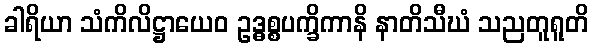
ခါရိယာ သံကိလိဋ္ဌာယေဝ ဥဒ္ဓစ္စပက္ခိကာနိ နာတိသီဃံ သညတူရူတိ